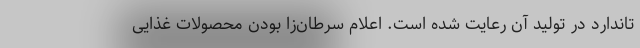
تاندارد در تولید آن رعایت شده است. اعلام سرطان‌زا بودن محصولات غذایی